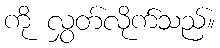
ကို လွှတ်လိုက်သည်။